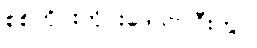
စစ်ကိုင်းတိုင်းဒေသကြီးတွင်